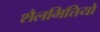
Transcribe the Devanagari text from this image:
शैलभित्तियों